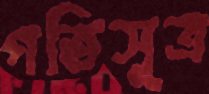
গতিসূত্র